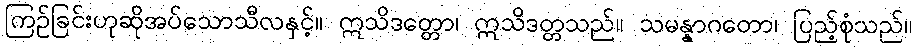
ကြဉ်ခြင်းဟုဆိုအပ်သောသီလနှင့်။ ဣသိဒတ္တော၊ ဣသိဒတ္တသည်။ သမန္နာဂတော၊ ပြည့်စုံသည်။